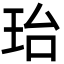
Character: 珆